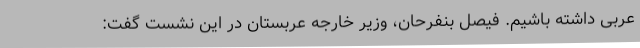
عربی داشته باشیم. فیصل بنفرحان، وزیر خارجه عربستان در این نشست گفت: